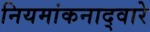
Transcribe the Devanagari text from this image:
नियमांकनाद्वारे